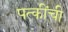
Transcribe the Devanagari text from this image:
पत्कींची